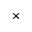
\boldsymbol { \times }